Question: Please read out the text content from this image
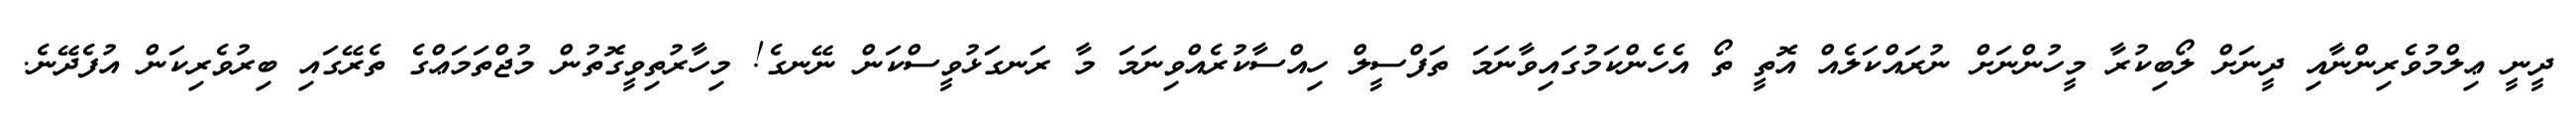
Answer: ދީނީ ޢިލްމުވެރިންނާއި ދީނަށް ލޯބިކުރާ މީހުންނަށް ނުރައްކަލެއް އޮތީ ތޯ އެހެންކަމުގައިވާނަމަ ތަފްސީލް ހިއްސާކުރެއްވިނަމަ މާ ރަނގަޅުވީސްކަން ނޭނގެ! މިހާރުތިވީގޮތުން މުޖްތަމަޢްގެ ތެރޭގައި ބިރުވެރިކަން އުފެދޭނެ.